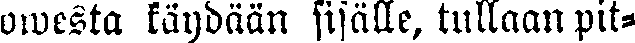
owesta käydään sisälle, tullaan pit-